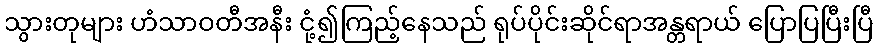
သွားတုများ ဟံသာဝတီအနီး ငုံ့၍ကြည့်နေသည် ရုပ်ပိုင်းဆိုင်ရာအန္တရာယ် ပြောပြပြီးပြီ